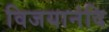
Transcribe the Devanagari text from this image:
विजयानंदि